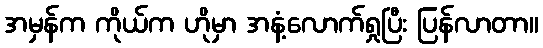
အမှန်က ကိုယ်က ဟိုမှာ အနံ့လောက်ရှုပြီး ပြန်လာတာ။